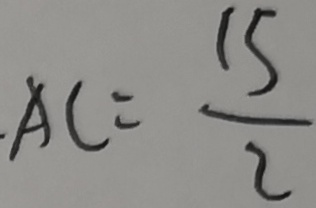
A C = \frac { 1 5 } { 2 }